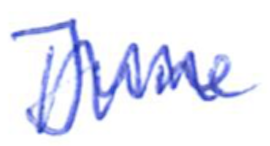
Text: June
Cross-out: mix
Writing tool: ballpoint